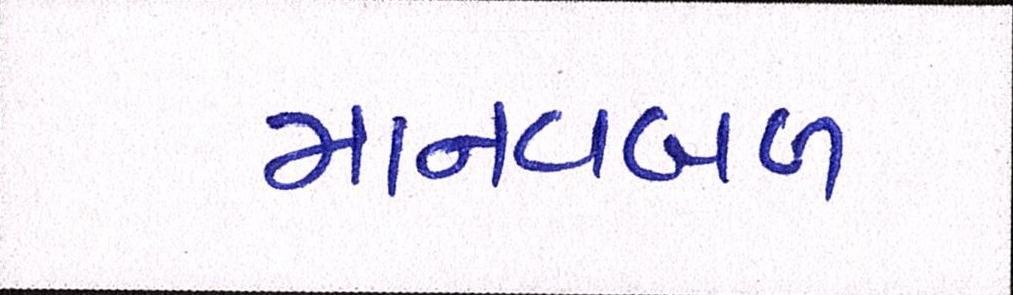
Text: માનવબળ